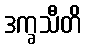
ဒက္ခသီတိ